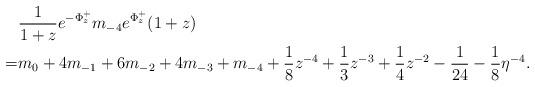
LaTeX: \begin{align*}& \frac{1}{1+z}e^{-\Phi_z^{+}}m_{-4} e^{\Phi_z^{+}}(1+z) \\=&m_0+4m_{-1}+6m_{-2}+4m_{-3}+m_{-4}+\frac{1}{8}z^{-4}+\frac{1}{3}z^{-3}+\frac{1}{4}z^{-2}-\frac{1}{24}-\frac{1}{8}\eta^{-4}.\end{align*}